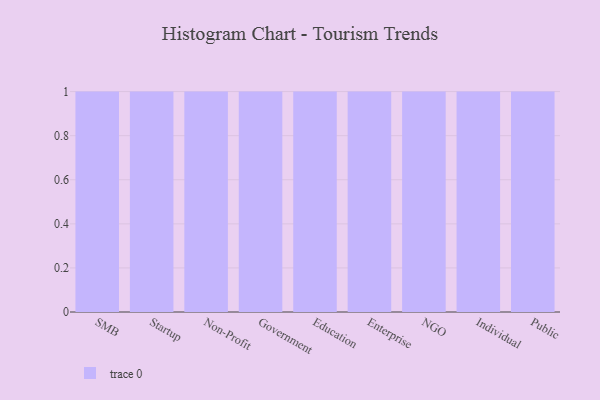
{"axis": {"x": "Segment", "y": "Tickets Resolved"}, "legend": [""], "data": [{"x": "SMB", "y": 16, "type": ""}, {"x": "Startup", "y": 84, "type": ""}, {"x": "Non-Profit", "y": 19, "type": ""}, {"x": "Government", "y": 36, "type": ""}, {"x": "Education", "y": 47, "type": ""}, {"x": "Enterprise", "y": 55, "type": ""}, {"x": "NGO", "y": 40, "type": ""}, {"x": "Individual", "y": 5, "type": ""}, {"x": "Public", "y": 70, "type": ""}]}